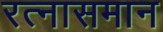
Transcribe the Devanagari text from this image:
रत्नासमान